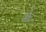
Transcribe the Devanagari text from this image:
के